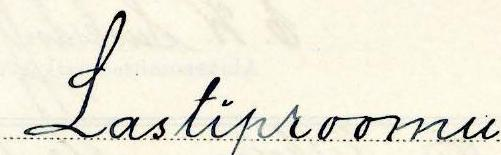
Lastiproomu